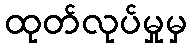
ထုတ်လုပ်မှုမှ